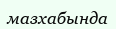
мазхабында